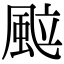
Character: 䬃